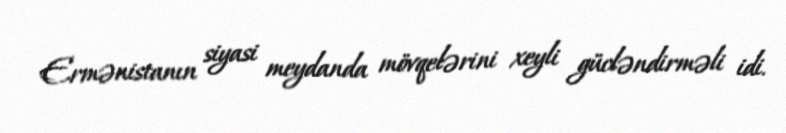
Ermənistanın siyasi meydanda mövqelərini xeyli gücləndirməli idi.